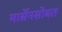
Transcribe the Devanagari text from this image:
मार्सेनसोबत